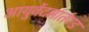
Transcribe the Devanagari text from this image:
आयुर्वेदमार्तण्ड